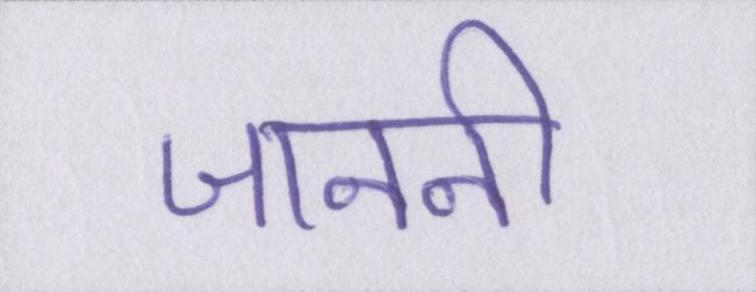
जाननी